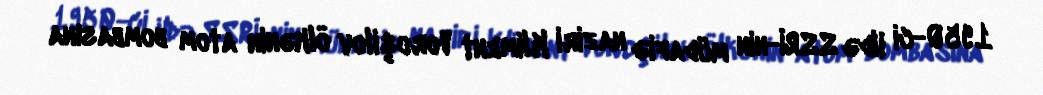
1950-ci ildə SSRİ-nin müdafiə naziri Kliment Voroşilov ölkənin atom bombasına